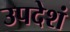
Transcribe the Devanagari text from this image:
उपदेशं